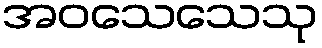
အဝသေသေသု